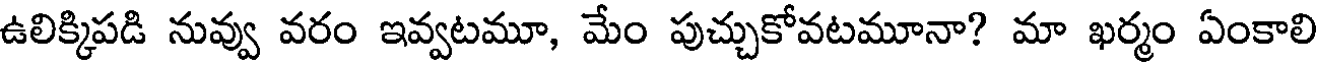
ఉలిక్కిపడి నువ్వు వరం ఇవ్వటమూ, మేం పుచ్చుకోవటమూనా? మా ఖర్మం ఏంకాలి